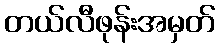
တယ်လီဖုန်းအမှတ်